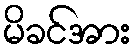
မိခင်အား